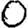
Digit: 0